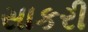
સાકરી